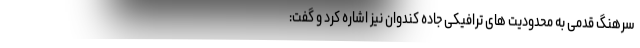
سرهنگ قدمی به محدودیت های ترافیکی جاده کندوان نیز اشاره کرد و گفت: